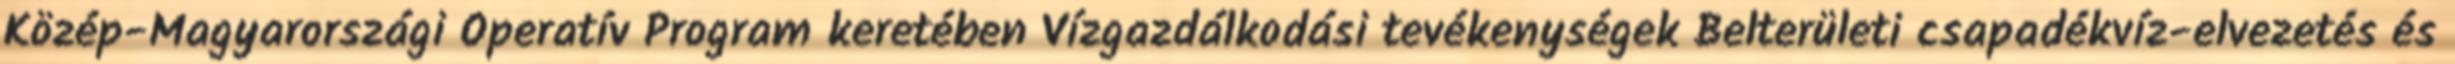
Közép-Magyarországi Operatív Program keretében Vízgazdálkodási tevékenységek Belterületi csapadékvíz-elvezetés és